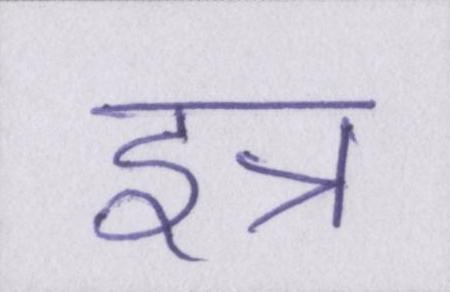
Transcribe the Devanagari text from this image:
इत्र